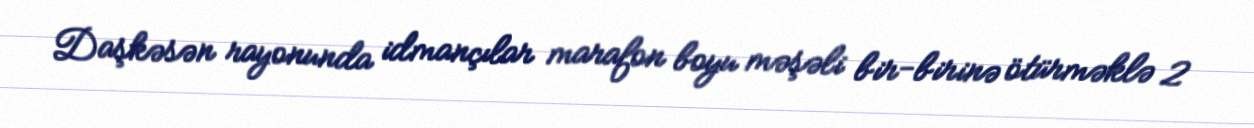
Daşkəsən rayonunda idmançılar marafon boyu məşəli bir-birinə ötürməklə 2